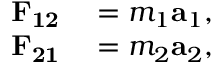
\begin{array} { r l } { \mathbf { F _ { 1 2 } } } & { { } = m _ { 1 } \mathbf { a } _ { 1 } , } \\ { \mathbf { F _ { 2 1 } } } & { { } = m _ { 2 } \mathbf { a } _ { 2 } , } \end{array}